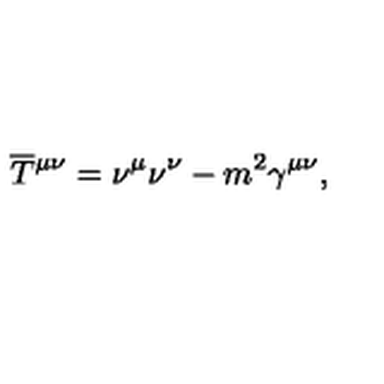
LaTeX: \overline { T } { ^ { \mu \nu } } = \nu ^ { \mu } \nu ^ { \nu } - m ^ { 2 } \gamma ^ { \mu \nu } ,